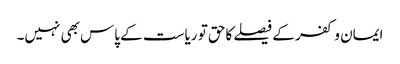
ایمان و کفر کے فیصلے کاحق تو ریاست کے پاس بھی نہیں۔